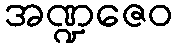
အဏ္ဍဇေဝ